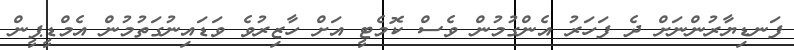
ފަނޑިޔާރުންނަށް ދެ ފަހަރު އެންގުމުން ވެސް ކޮމެޓީ އަށް ހާޒިރުވެ ވަޑައިނުގަތުމުން އެމްޑީޕީން